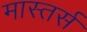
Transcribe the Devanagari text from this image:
मास्तर्स